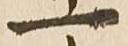
一